Vaccination in the Punjab 1897-1904 - 1897-1904
Year: 1897
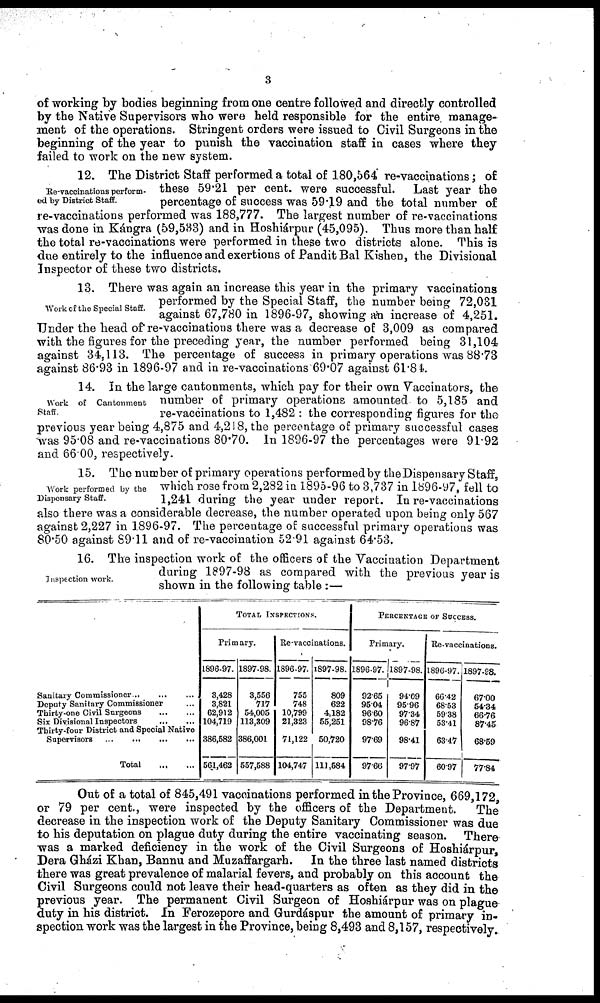
3
of working by bodies beginning from one centre followed and directly controlled
by the Native Supervisors who were held responsible for the entire, manage-
ment of the operations. Stringent orders were issued to Civil Surgeons in the
beginning of the year to punish the vaccination staff in cases where they
failed to work on the new system.
Re-vaccinations perform-
ed by District Staff.
12. The District Staff performed a total of 180,564 re-vaccinations; of
these 59.21 per cent. were successful.
Last year the
percentage of success was 59.19 and the total number of
re-vaccinations performed was 188,777. The largest number of re-vaccinations
was done in Kángra (59,583) and in Hoshiárpur (45,095). Thus more than half
the total re-vaccinations were performed in these two districts alone. This is
due entirely to the influence and exertions of Pandit Bal Kishen, the Divisional
Inspector of these two districts.
Work of the Special Staff.
13. There was again an increase this year in the primary vaccinations
performed by the Special Staff, the number being 72,031
against 67,780 in 1896-97, showing an increase of 4,251.
Under the head of re-vaccinations there was a decrease of 3,009 as compared
with the figures for the preceding year, the number performed being 31,104
against 34,113. The percentage of success in primary operations was 88.73
against 86.93 in 1896-97 and in re-vaccinations 69.07 against 61.84.
Work of Cantonment
Staff
14. In the large cantonments, which pay for their own Vaccinators, the
number of primary operations amounted to 5,185 and
re-vaccinations to 1,482 : the corresponding figures for the
previous year being 4,875 and 4,218, the percentage of primary successful cases
was 95.08 and re-vaccinations 80.70. In 1896-97 the percentages were 91.92
and 66.00, respectively.
Work performed by the
Dispensary Staff.
15. The number of primary operations performed by the Dispensary Staff,
which rose from 2,282 in 1895-96 to 3,737 in 1896-97, fell to
1,241 during the year under report. In re-vaccinations
also there was a considerable decrease, the number operated upon being only 567
against 2,227 in 1896-97. The percentage of successful primary operations was
80.50 against 89.11 and of re-vaccination 52.91 against 64.53.
Inspection work.
16. The inspection work of the officers of the Vaccination Department
during 1897-98 as compared with the previous year is
shown in the following table:—
Sanitary Commissioner
...
...
...
Deputy Sanitary Commissioner ...
Thirty-one Civil Surgeons
...
...
Six Divisional Inspectors
...
...
Thirty-four District and Special Native
Supervisors
...
...
...
...
Total
...
...
TOTAL INSPECTIONS.
Primary.
1896-97.
3,428
3,821
62,912
104,719
386,582
561,462
1897-98.
3,556
717
54,005
113,309
386,001
557,588
Re-vaccinations.
1896-97.
755
748
10,799
21,323
71,122
104,747
1897-98.
809
622
4,182
55,251
50,720
111,584
PERCENTAGE OF SUCCESS.
Primary.
1896-97.
9265
9504
9660
98.76
97.69
9766
1897-98.
94.09
95.96
97.34
96.87
98.41
97.97
Re-vaccinations.
1896-97.
66.42
68.53
59.38
53.41
63.47
60.97
1897-98.
67.00
54.34
66.76
87.45
68.59
77.84
Out of a total of 845,491 vaccinations performed in the Province, 669,172,
or 79 per cent., were inspected by the officers of the Department.
The
decrease in the inspection work of the Deputy Sanitary Commissioner was due
to his deputation on plague duty during the entire vaccinating season. There
was a marked deficiency in the work of the Civil Surgeons of Hoshiárpur,
Dera Gházi Khan, Bannu and Muzaffargarh.
In the three last named districts
there was great prevalence of malarial fevers, and probably on this account the
Civil Surgeons could not leave their head-quarters as often as they did in the
previous year. The permanent Civil Surgeon of Hoshiárpur was on plague
duty in his district. In Ferozepore and Gurdáspur the amount of primary in-
spection work was the largest in the Province, being 8,493 and 8,157, respectively.